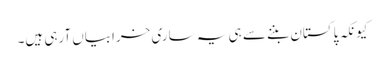
کیونکہ پاکستان بننے سے ہی یہ ساری خرابیاں آرہی ہیں۔